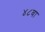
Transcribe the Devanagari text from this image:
४८वा